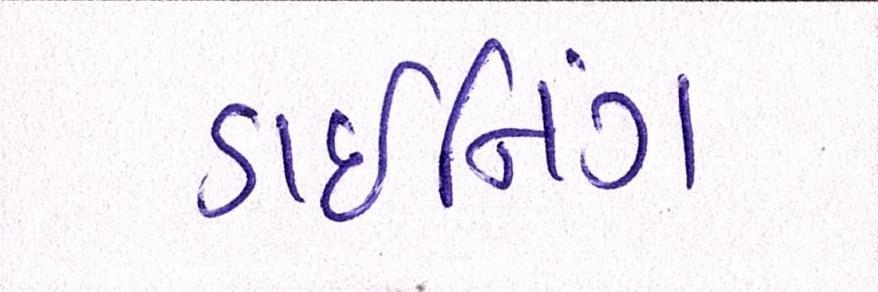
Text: ડાઇનિંગ